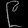
Digit: ၉